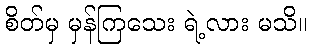
စိတ်မှ မှန်ကြသေး ရဲ့လား မသိ။